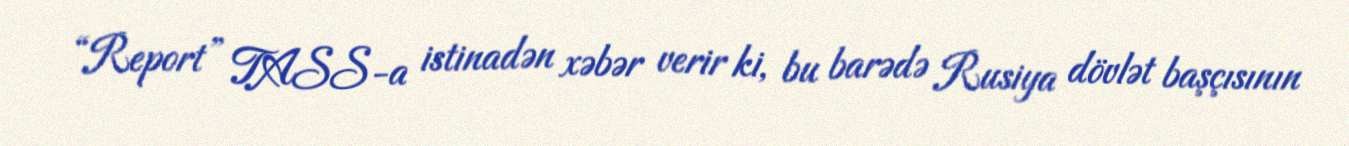
“Report” TASS-a istinadən xəbər verir ki, bu barədə Rusiya dövlət başçısının